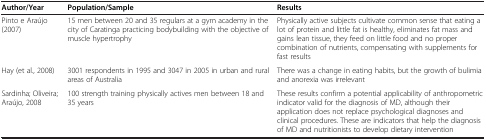
<table><thead><tr><td><b>Author/Year</b></td><td><b>Population/Sample</b></td><td><b>Results</b></td></tr></thead><tbody><tr><td>Pinto e Araújo (2007)</td><td>15 men between 20 and 35 regulars at a gym academy in the city of Caratinga practicing bodybuilding with the objective of muscle hypertrophy</td><td>Physically active subjects cultivate common sense that eating a lot of protein and little fat is healthy, eliminates fat mass and gains lean tissue, they feed on little food and no proper combination of nutrients, compensating with supplements for fast results</td></tr><tr><td>Hay (et al., 2008)</td><td>3001 respondents in 1995 and 3047 in 2005 in urban and rural areas of Australia</td><td>There was a change in eating habits, but the growth of bulimia and anorexia was irrelevant</td></tr><tr><td>Sardinha; Oliveira; Araújo, 2008</td><td>100 strength training physically actives men between 18 and 35 years</td><td>These results confirm a potential applicability of anthropometric indicator valid for the diagnosis of MD, although their application does not replace psychological diagnoses and clinical procedures. These are indicators that help the diagnosis of MD and nutritionists to develop dietary intervention</td></tr></tbody></table>